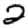
Digit: 2